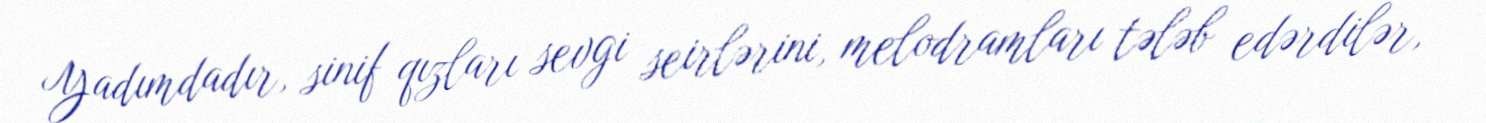
Yadımdadır, sinif qızları sevgi seirlərini, melodramları tələb edərdilər,